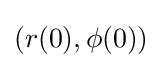
(r(0),\phi (0))